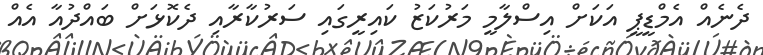
ދެނެއް އެމްޑީޕީ އަކަށް އިސްލާމީ މަރުކަޒު ކައިރީގައި ސަރުކާރާއި ދެކޮޅަށް ބައްދުއާ އެއް